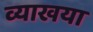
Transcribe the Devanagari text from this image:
व्याखया